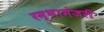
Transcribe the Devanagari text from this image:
रम्भामंजरी